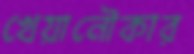
খেয়ানৌকার